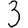
Digit: 3